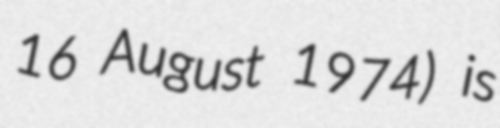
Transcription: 16 August 1974) is